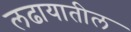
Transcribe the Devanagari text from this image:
लढायातील